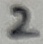
Text: 2